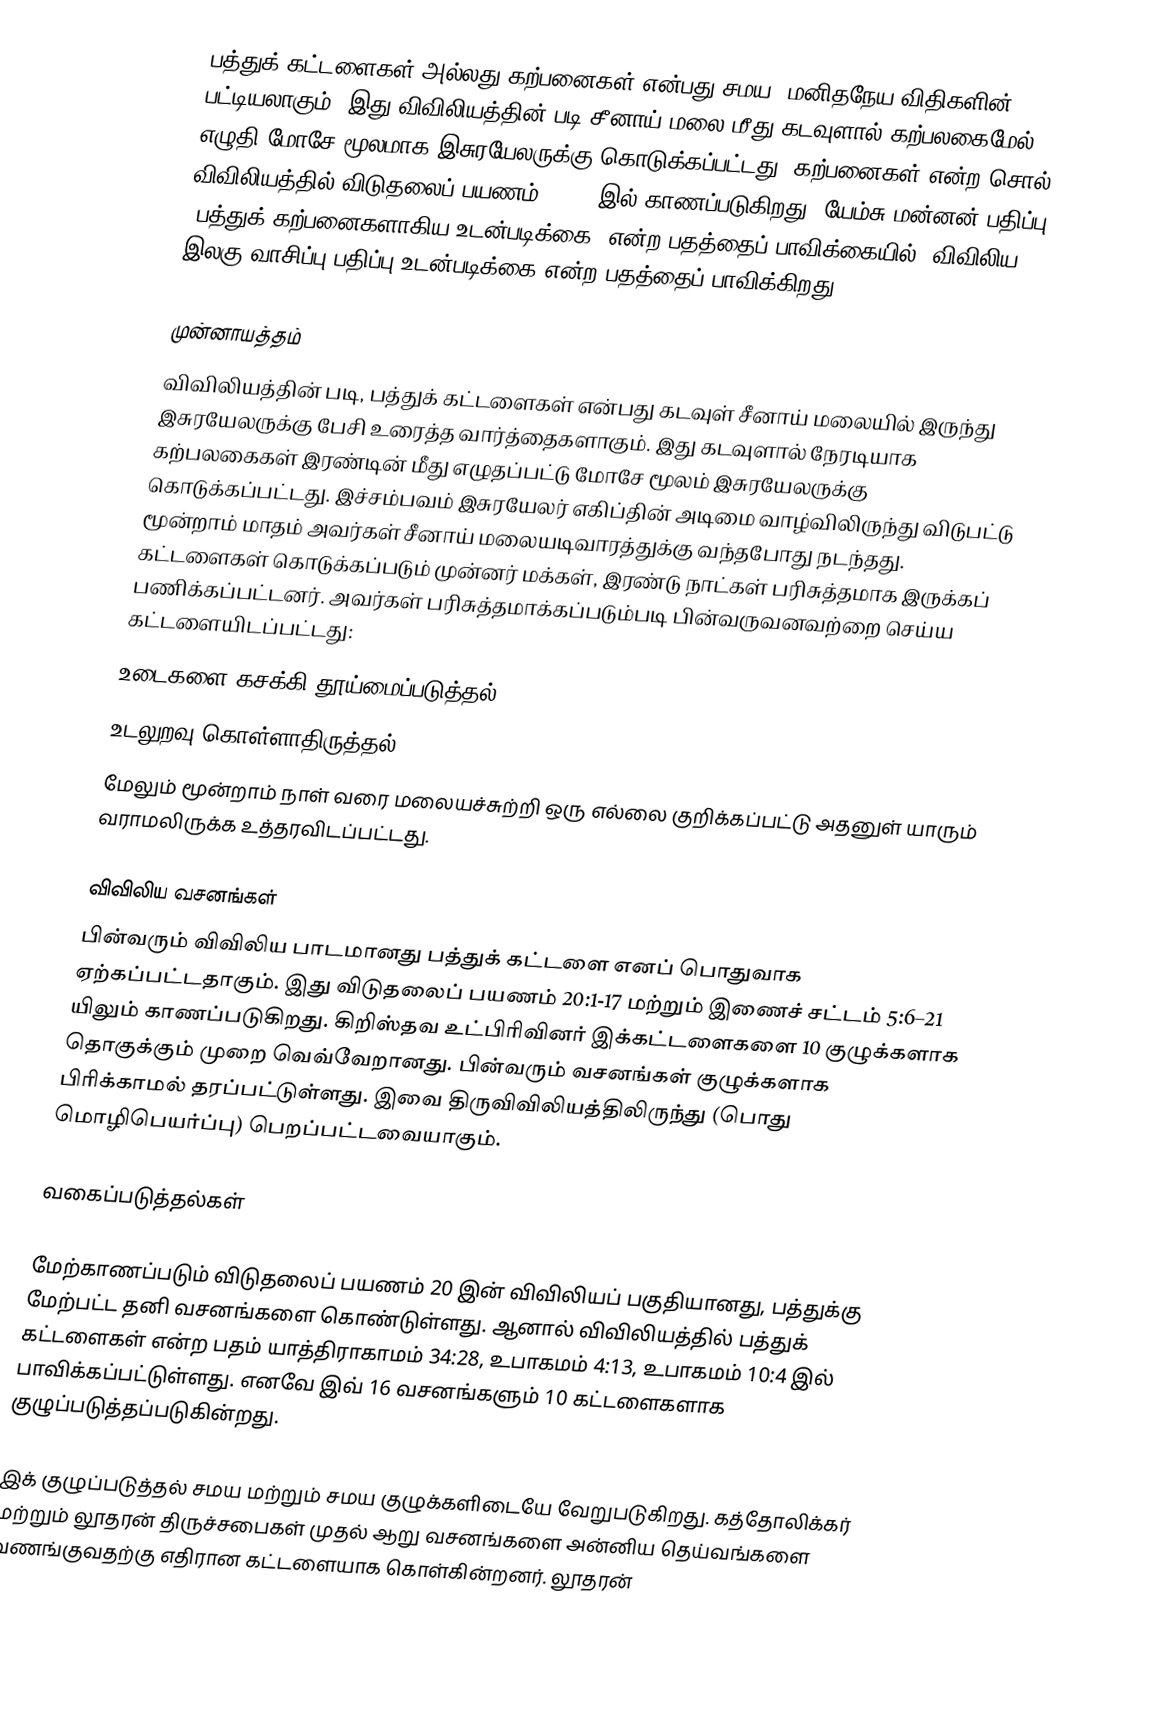
பத்துக் கட்டளைகள் அல்லது கற்பனைகள் என்பது சமய, மனிதநேய விதிகளின் பட்டியலாகும். இது விவிலியத்தின் படி சீனாய் மலை மீது கடவுளால் கற்பலகைமேல் எழுதி மோசே மூலமாக இசுரயேலருக்கு கொடுக்கப்பட்டது. கற்பனைகள் என்ற சொல் விவிலியத்தில் விடுதலைப் பயணம் 34:28 இல் காணப்படுகிறது. யேம்சு மன்னன் பதிப்பு "பத்துக் கற்பனைகளாகிய உடன்படிக்கை"  என்ற பதத்தைப் பாவிக்கையில், விவிலிய இலகு வாசிப்பு பதிப்பு உடன்படிக்கை என்ற பதத்தைப் பாவிக்கிறது.

முன்னாயத்தம்
விவிலியத்தின் படி, பத்துக் கட்டளைகள் என்பது கடவுள் சீனாய் மலையில் இருந்து இசுரயேலருக்கு பேசி உரைத்த வார்த்தைகளாகும். இது கடவுளால் நேரடியாக கற்பலகைகள் இரண்டின் மீது எழுதப்பட்டு மோசே மூலம் இசுரயேலருக்கு கொடுக்கப்பட்டது. இச்சம்பவம் இசுரயேலர் எகிப்தின் அடிமை வாழ்விலிருந்து விடுபட்டு மூன்றாம் மாதம் அவர்கள் சீனாய் மலையடிவாரத்துக்கு வந்தபோது நடந்தது. கட்டளைகள் கொடுக்கப்படும் முன்னர் மக்கள், இரண்டு நாட்கள் பரிசுத்தமாக இருக்கப் பணிக்கப்பட்டனர். அவர்கள் பரிசுத்தமாக்கப்படும்படி பின்வருவனவற்றை செய்ய கட்டளையிடப்பட்டது:
 உடைகளை கசக்கி தூய்மைப்படுத்தல் (19:10)
 உடலுறவு கொள்ளாதிருத்தல் (19:15)
மேலும் மூன்றாம் நாள் வரை மலையச்சுற்றி ஒரு எல்லை குறிக்கப்பட்டு அதனுள் யாரும் வராமலிருக்க உத்தரவிடப்பட்டது.

விவிலிய வசனங்கள்
பின்வரும் விவிலிய பாடமானது பத்துக் கட்டளை எனப் பொதுவாக ஏற்கப்பட்டதாகும். இது விடுதலைப் பயணம் 20:1-17 மற்றும் இணைச் சட்டம் 5:6–21 யிலும் காணப்படுகிறது. கிறிஸ்தவ உட்பிரிவினர் இக்கட்டளைகளை 10 குழுக்களாக தொகுக்கும் முறை வெவ்வேறானது. பின்வரும் வசனங்கள் குழுக்களாக பிரிக்காமல் தரப்பட்டுள்ளது. இவை திருவிவிலியத்திலிருந்து (பொது மொழிபெயர்ப்பு) பெறப்பட்டவையாகும்.

வகைப்படுத்தல்கள்

மேற்காணப்படும் விடுதலைப் பயணம் 20 இன் விவிலியப் பகுதியானது, பத்துக்கு மேற்பட்ட தனி வசனங்களை கொண்டுள்ளது. ஆனால் விவிலியத்தில் பத்துக் கட்டளைகள் என்ற பதம் யாத்திராகாமம் 34:28, உபாகமம் 4:13, உபாகமம் 10:4 இல் பாவிக்கப்பட்டுள்ளது. எனவே இவ் 16 வசனங்களும் 10 கட்டளைகளாக குழுப்படுத்தப்படுகின்றது.

இக் குழுப்படுத்தல் சமய மற்றும் சமய குழுக்களிடையே வேறுபடுகிறது. கத்தோலிக்கர் மற்றும் லூதரன் திருச்சபைகள் முதல் ஆறு வசனங்களை அன்னிய தெய்வங்களை வணங்குவதற்கு எதிரான கட்டளையாக கொள்கின்றனர். லூதரன்